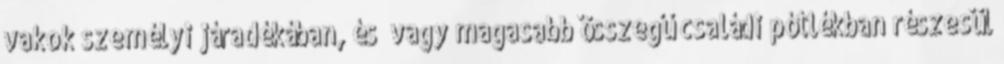
vakok személyi járadékában, és vagy magasabb összegű családi pótlékban részesül